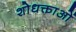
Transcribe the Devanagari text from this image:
शोधक्ताओं